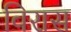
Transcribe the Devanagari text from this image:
विरास